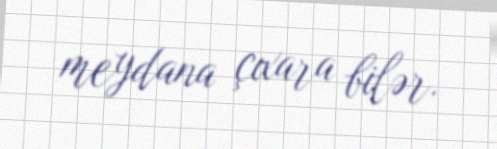
meydana çıxara bilər.